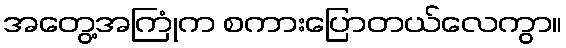
အတွေ့အကြုံက စကားပြောတယ်လေကွာ။